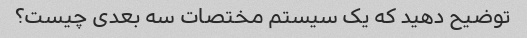
توضیح دهید که یک سیستم مختصات سه بعدی چیست؟